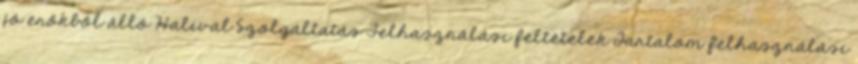
jó erőkből álló Halival Szolgáltatás Felhasználási feltételek Tartalom felhasználási